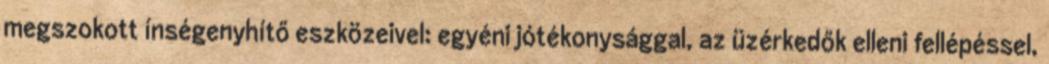
megszokott ínségenyhítő eszközeivel: egyéni jótékonysággal, az üzérkedők elleni fellépéssel,